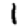
Digit: 1